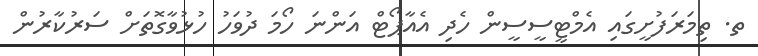
ތ. ތިމަރަފުށީގައި އެމްޓީސީސީން ހެދި އެއާޕޯޓް އަންނަ ހޯމަ ދުވަހު ހުޅުވާގޮތަށް ސަރުކާރުން